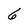
Character: 6